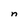
Character: n